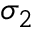
\sigma _ { 2 }